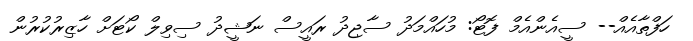
ހަފްތާއެއް-- ސީއެންއެމް ފޮޓޯ: މުހައްމަދު ސާޖިދު ރައީސް ނަޝީދު ސިވިލް ކޯޓަށް ހާޒިރުކުރުން